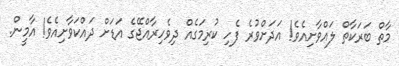
މާތް ބަރަކާތް ލައްވާށިއެވެ! އަދަށްވުރެ ފެހި ކުރިމަގެއް ދިވެހިރާއްޖޭގެ އަޑަށް ދައްކަވާށިއެވެ! އާމީން.